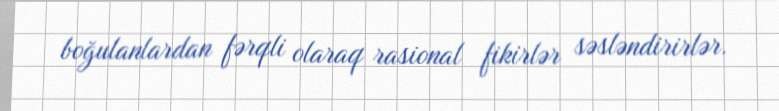
boğulanlardan fərqli olaraq rasional fikirlər səsləndirirlər.